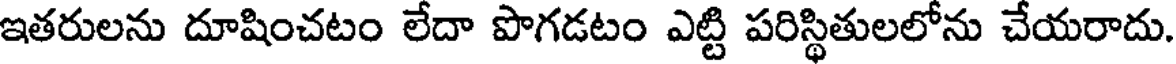
ఇతరులను దూషించటం లేదా పొగడటం ఎట్టి పరిస్థితులలోను చేయరాదు.